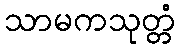
သာမကသုတ္တံ